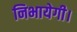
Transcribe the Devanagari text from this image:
निभायेगी।